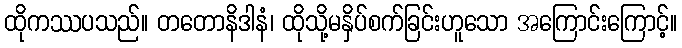
ထိုကဿပသည်။ တတောနိဒါနံ၊ ထိုသို့မနှိပ်စက်ခြင်းဟူသော အကြောင်းကြောင့်။